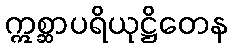
ဣစ္ဆာပရိယုဋ္ဌိတေန